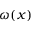
\omega ( x )